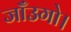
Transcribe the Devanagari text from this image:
जाँउगो।